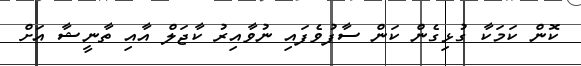
ކޮން ކަމަކާ ގުޅިގެން ކަން ސާފުވެފައި ނުވާއިރު ކާޖަލް އާއި ތާނީޝާ އަށް